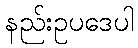
နည်းဥပဒေပါ